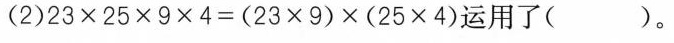
(2)23×25×9×4=(23×9)×(25×4)运用了（